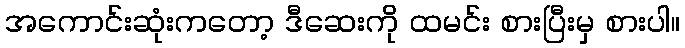
အကောင်းဆုံးကတော့ ဒီဆေးကို ထမင်း စားပြီးမှ စားပါ။